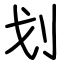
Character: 划